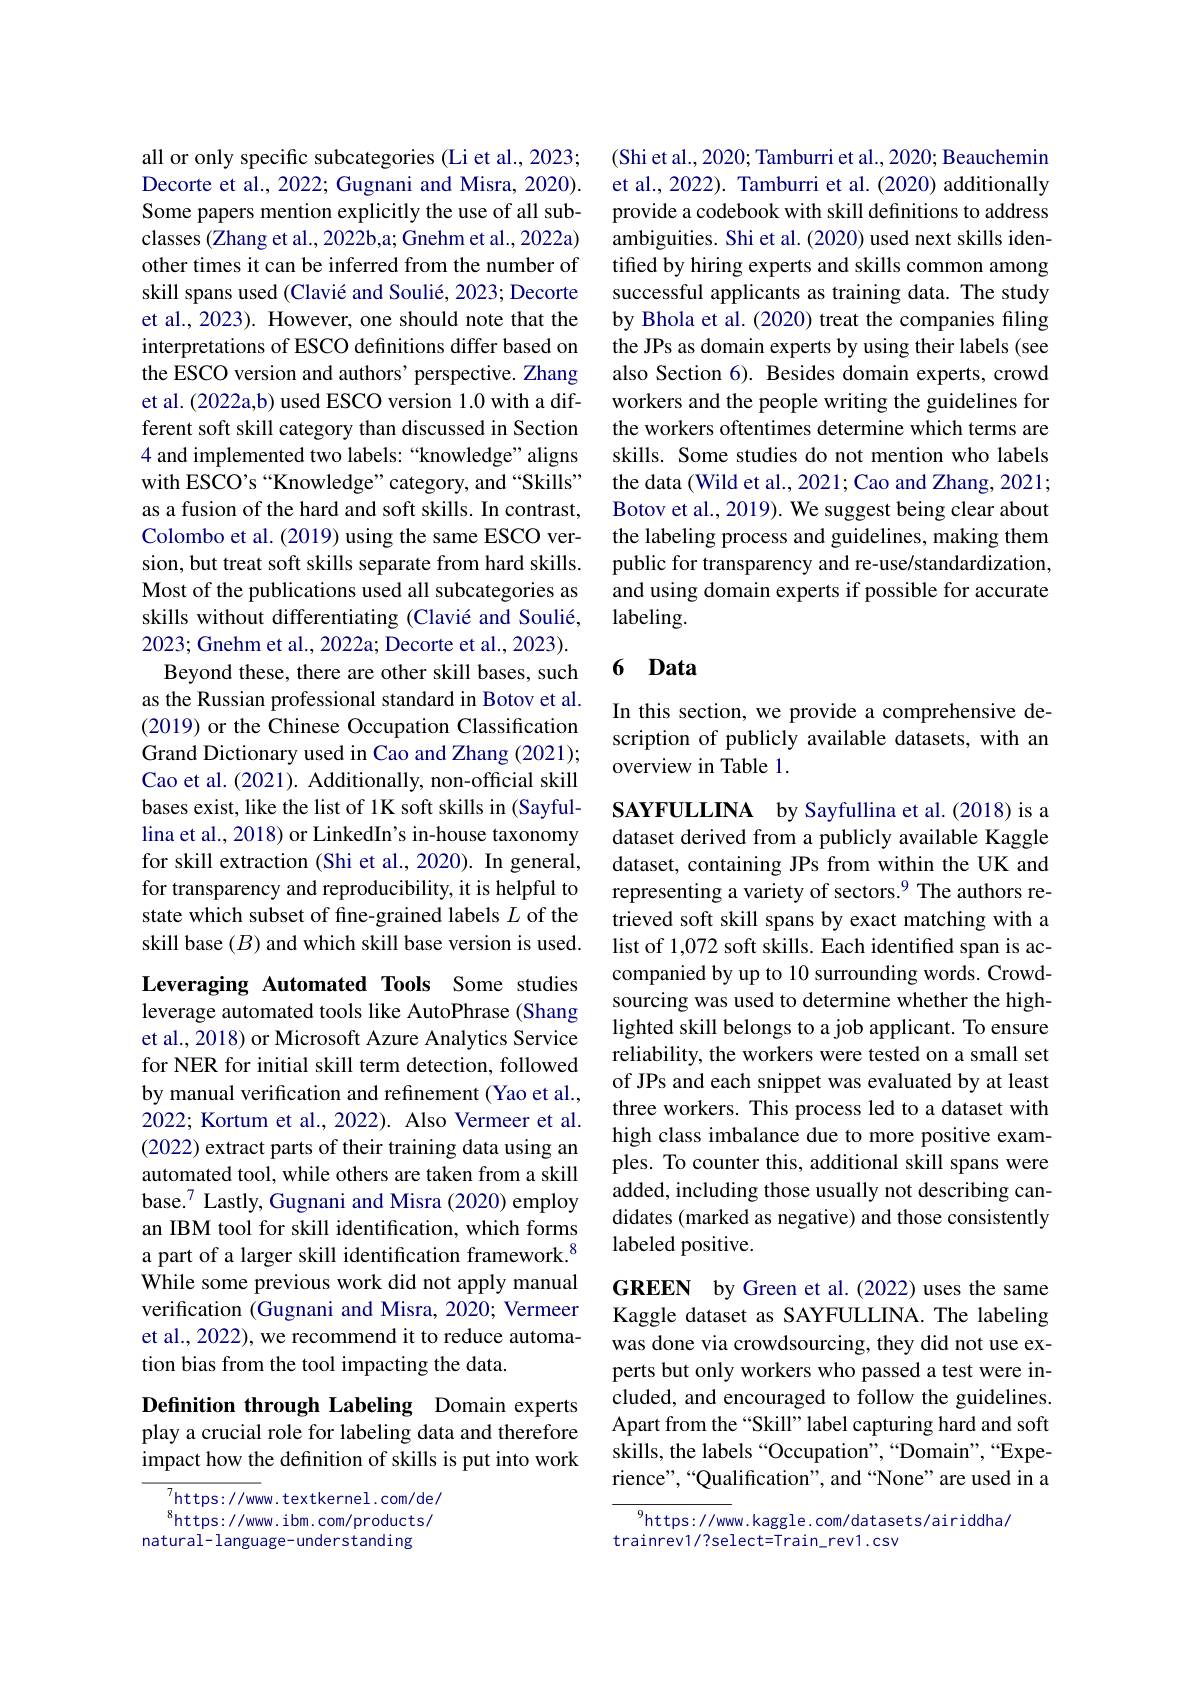
all or only specific subcategories (Li et al., 2023; Decorte et al., 2022; Gugnani and Misra, 2020). Some papers mention explicitly the use of all subclasses (Zhang et al., 2022b,a; Gnehm et al., 2022a) other times it can be inferred from the number of skill spans used (Clavié and Soulié, 2023; Decorte et al., 2023). However, one should note that the interpretations of ESCO definitions differ based on the ESCO version and authors' perspective. Zhang et al.(2022a,b) used ESCO version 1.0 with a different soft skill category than discussed in Section 4 and implemented two labels: “knowledge”aligns with ESCO's “Knowledge”category, and “Skills” as a fusion of the hard and soft skills. In contrast, Colombo et al. (2019) using the same ESCO version, but treat soft skills separate from hard skills. Most of the publications used all subcategories as skills without differentiating (Clavié and Soulié, 2023; Gnehm et al., 2022a; Decorte et al., 2023).
Beyond these, there are other skill bases, such as the Russian professional standard in Botov et al. (2019) or the Chinese Occupation Classification Grand Dictionary used in Cao and Zhang (2021); Cao et al. (2021). Additionally, non-official skill bases exist, like the list of 1K soft skills in (Sayfullina et al., 2018) or LinkedIn's in-house taxonomy for skill extraction (Shi et al., 2020). In general, for transparency and reproducibility, it is helpful to state which subset of fine-grained labels $L$ of the skill base $(B)$ and which skill base version is used. Leveraging Automated Tools Some studies leverage automated tools like AutoPhrase (Shang et al., 2018) or Microsoft Azure Analytics Service for NER for initial skill term detection, followed by manual verification and refinement (Yao et al., 2022; Kortum et al., 2022). Also Vermeer et al. (2022) extract parts of their training data using an automated tool, while others are taken from a skill base.$^{7}$ Lastly, Gugnani and Misra (2020) employ an IBM tool for skill identification, which forms a part of a larger skill identification framework.$^{8}$ While some previous work did not apply manual verification (Gugnani and Misra, 2020; Vermeer et al., 2022), we recommend it to reduce automa-

tion bias from the tool impacting the data.

Definition through Labeling Domain experts play a crucial role for labeling data and therefore impact how the definition of skills is put into work

$^{7}$https://www. textkernel.com/de/ $^{8}$https://www.ibm.com/products/
natural- language- understanding

(Shi et al., 2020; Tamburri et al., 2020; Beauchemin et al., 2022). Tamburri et al. (2020) additionally provide a codebook with skill definitions to address ambiguities. Shi et al. (2020) used next skills identified by hiring experts and skills common among successful applicants as training data. The study by Bhola et al. (2020) treat the companies filing the JPs as domain experts by using their labels (see also Section 6). Besides domain experts, crowd workers and the people writing the guidelines for the workers oftentimes determine which terms are skills. Some studies do not mention who labels the data (Wild et al., 2021; Cao and Zhang, 2021; Botov et al., 2019). We suggest being clear about the labeling process and guidelines, making them public for transparency and re-use/standardization, and using domain experts if possible for accurate labeling.

### 6 Data

In this section, we provide a comprehensive description of publicly available datasets, with an overview in Table 1.

SAYFULLINA by Sayfullina et al. (2018) is a dataset derived from a publicly available Kaggle dataset, containing JPs from within the UK and representing a variety of sectors.$^{9}$ The authors retrieved soft skill spans by exact matching with a list of 1,072 soft skills. Each identified span is accompanied by up to 10 surrounding words. Crowdsourcing was used to determine whether the highlighted skill belongs to a job applicant. To ensure reliability, the workers were tested on a small set of JPs and each snippet was evaluated by at least three workers. This process led to a dataset with high class imbalance due to more positive examples. To counter this, additional skill spans were added, including those usually not describing candidates (marked as negative) and those consistently labeled positive.

GREEN by Green et al.(2022) uses the same Kaggle dataset as SAYFULLINA. The labeling was done via crowdsourcing, they did not use experts but only workers who passed a test were included, and encouraged to follow the guidelines. Apart from the “Skill” label capturing hard and soft skills, the labels “Occupation”,“Domain”,“Experience",“Qualification”, and“None”are used in a

$^{9}$https://www.kaggle.com/datasets/airiddha/
trainrev1/?select=Train_rev1.csv